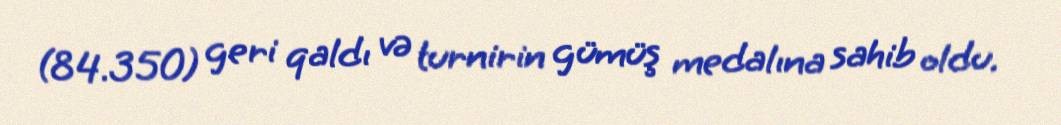
(84.350) geri qaldı və turnirin gümüş medalına sahib oldu.